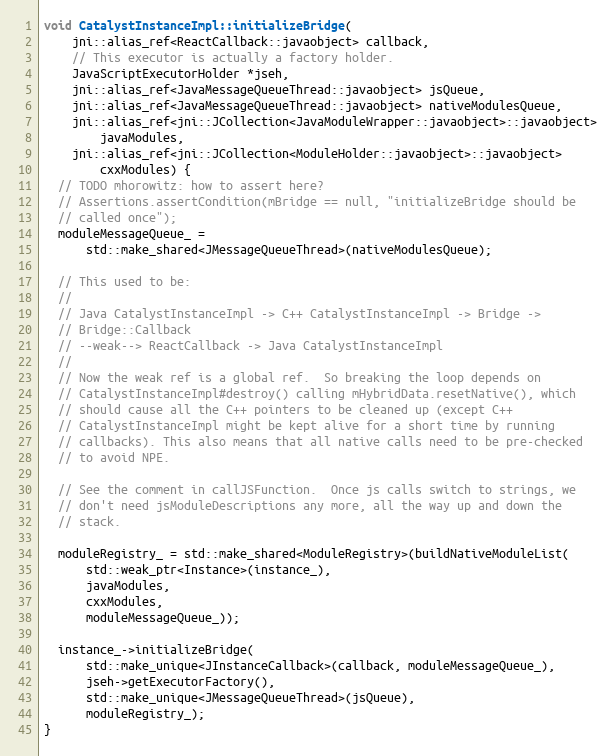
Language: C++
void CatalystInstanceImpl::initializeBridge(
    jni::alias_ref<ReactCallback::javaobject> callback,
    // This executor is actually a factory holder.
    JavaScriptExecutorHolder *jseh,
    jni::alias_ref<JavaMessageQueueThread::javaobject> jsQueue,
    jni::alias_ref<JavaMessageQueueThread::javaobject> nativeModulesQueue,
    jni::alias_ref<jni::JCollection<JavaModuleWrapper::javaobject>::javaobject>
        javaModules,
    jni::alias_ref<jni::JCollection<ModuleHolder::javaobject>::javaobject>
        cxxModules) {
  // TODO mhorowitz: how to assert here?
  // Assertions.assertCondition(mBridge == null, "initializeBridge should be
  // called once");
  moduleMessageQueue_ =
      std::make_shared<JMessageQueueThread>(nativeModulesQueue);

  // This used to be:
  //
  // Java CatalystInstanceImpl -> C++ CatalystInstanceImpl -> Bridge ->
  // Bridge::Callback
  // --weak--> ReactCallback -> Java CatalystInstanceImpl
  //
  // Now the weak ref is a global ref.  So breaking the loop depends on
  // CatalystInstanceImpl#destroy() calling mHybridData.resetNative(), which
  // should cause all the C++ pointers to be cleaned up (except C++
  // CatalystInstanceImpl might be kept alive for a short time by running
  // callbacks). This also means that all native calls need to be pre-checked
  // to avoid NPE.

  // See the comment in callJSFunction.  Once js calls switch to strings, we
  // don't need jsModuleDescriptions any more, all the way up and down the
  // stack.

  moduleRegistry_ = std::make_shared<ModuleRegistry>(buildNativeModuleList(
      std::weak_ptr<Instance>(instance_),
      javaModules,
      cxxModules,
      moduleMessageQueue_));

  instance_->initializeBridge(
      std::make_unique<JInstanceCallback>(callback, moduleMessageQueue_),
      jseh->getExecutorFactory(),
      std::make_unique<JMessageQueueThread>(jsQueue),
      moduleRegistry_);
}